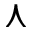
\curlywedge